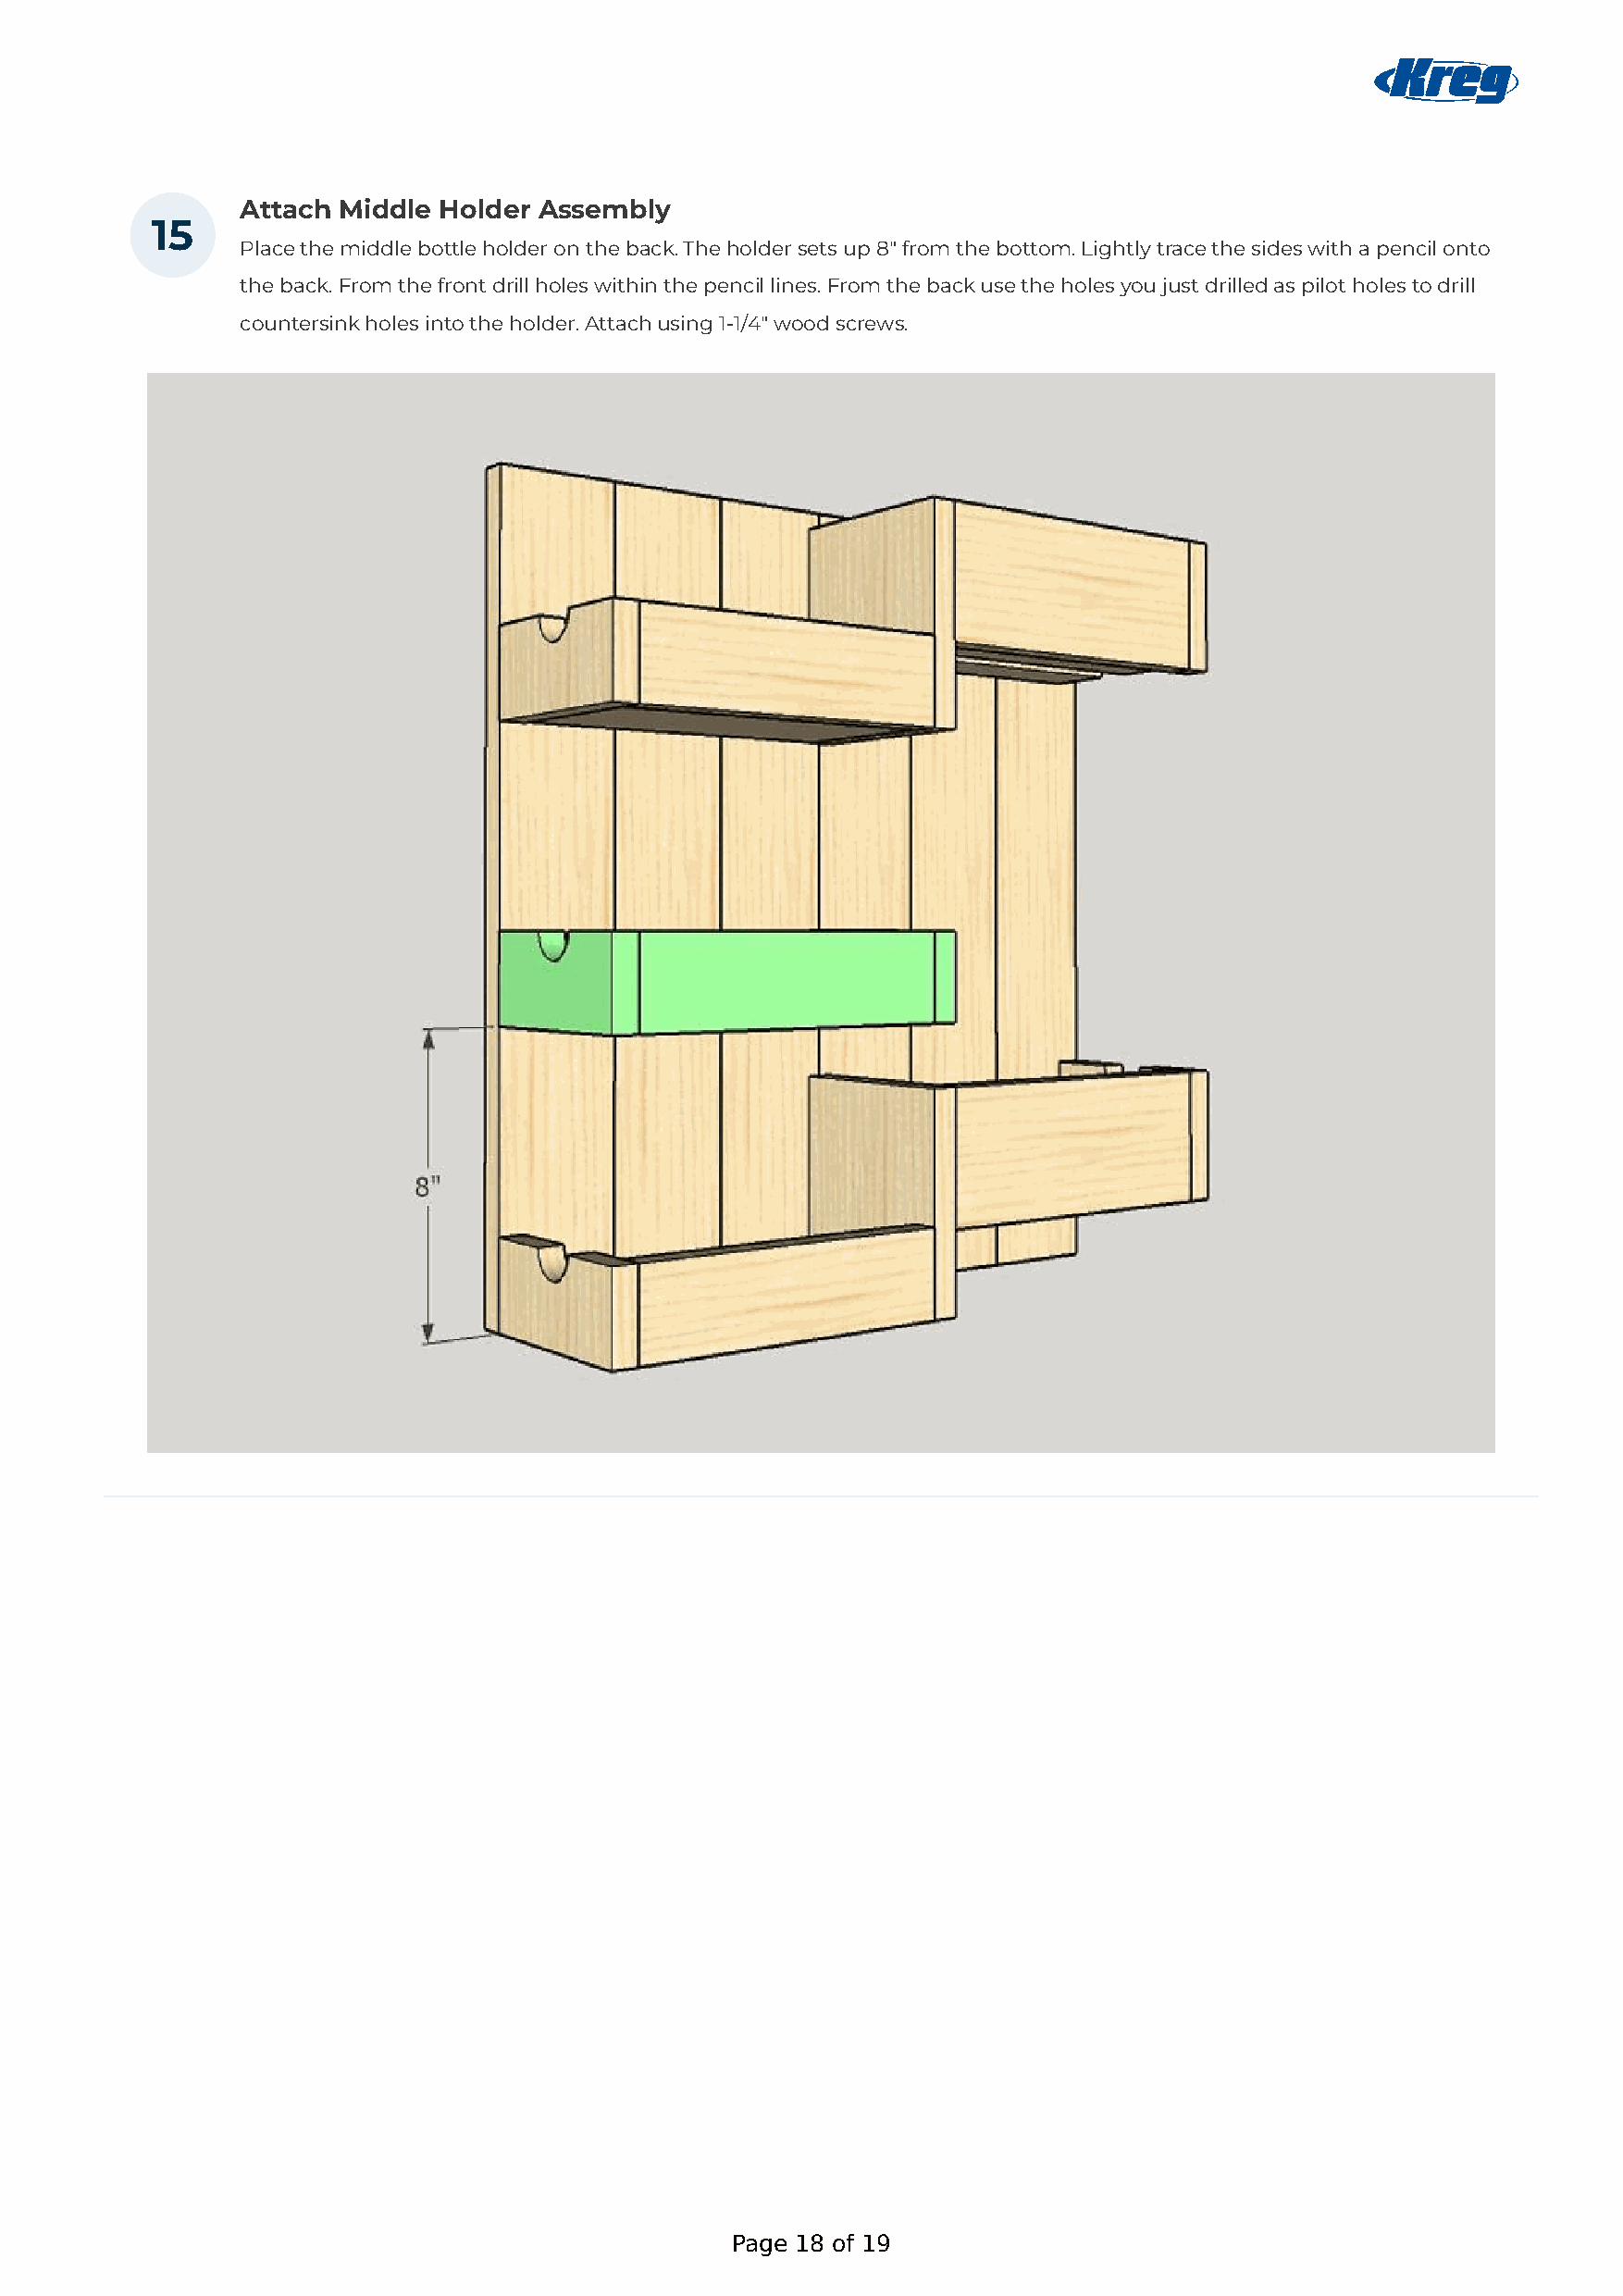
Attach Middle Holder  Assembly
 15
 Place the middle bottle holder on the back. The holder sets up 8" from the bottom. Lightly trace the sides with a pencil onto
 the back. From the front drill holes within the pencil lines. From the back use the holes you just drilled as pilot holes to drill
 countersink holes into the holder. Attach using 1-1/4" wood screws.
 Page 18 of 19